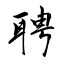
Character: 聘